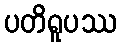
ပတိရူပဿ